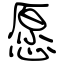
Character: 愿